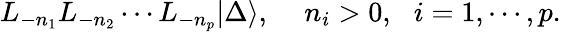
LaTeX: L_{-n_{1}}L_{-n_{2}}\cdots L_{-n_{p}}|\Delta\rangle,\, \, \, \, \, \, \, n_{i}>0,\, \, \, \, i=1,\cdots,p.